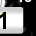
Digit: 1